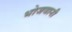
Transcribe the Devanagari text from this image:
भोजवानी